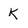
Character: K